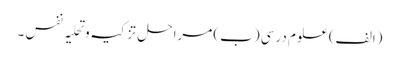
(الف) علوم درسی (ب) مراحل تز کیہ وتحلیہ نفس ۔